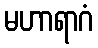
မဟာရာဂံ